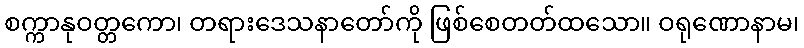
စက္ကာနုဝတ္တကော၊ တရားဒေသနာတော်ကို ဖြစ်စေတတ်ထသော။ ဝရုဏောနာမ၊